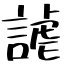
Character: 謔